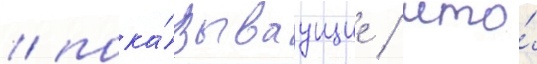
/ пока́зываущие / что́